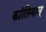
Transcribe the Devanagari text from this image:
कांतिमान्‌